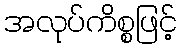
အလုပ်ကိစ္စဖြင့်